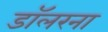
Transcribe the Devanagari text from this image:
डॉलरना